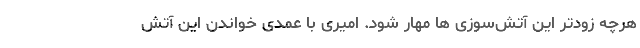
هرچه زودتر این آتش‌سوزی ها مهار شود. امیری با عمدی خواندن این آتش